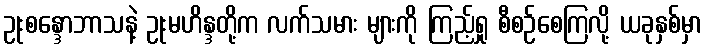
ဥုးစန္ဒောဘာသနဲ့ ဥုးမဟိန္ဒတို့က လက်သမား များကို ကြည့်ရှု စီစဉ်စေကြလို့ ယခုနှစ်မှာ